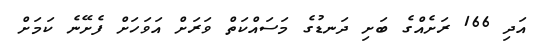
އަދި 166 ރަށެއްގެ ބަށި ދަނޑުގެ މަސައްކަތް ވަރަށް އަވަހަށް ފެށޭނެ ކަމަށް